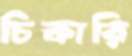
চিকারি